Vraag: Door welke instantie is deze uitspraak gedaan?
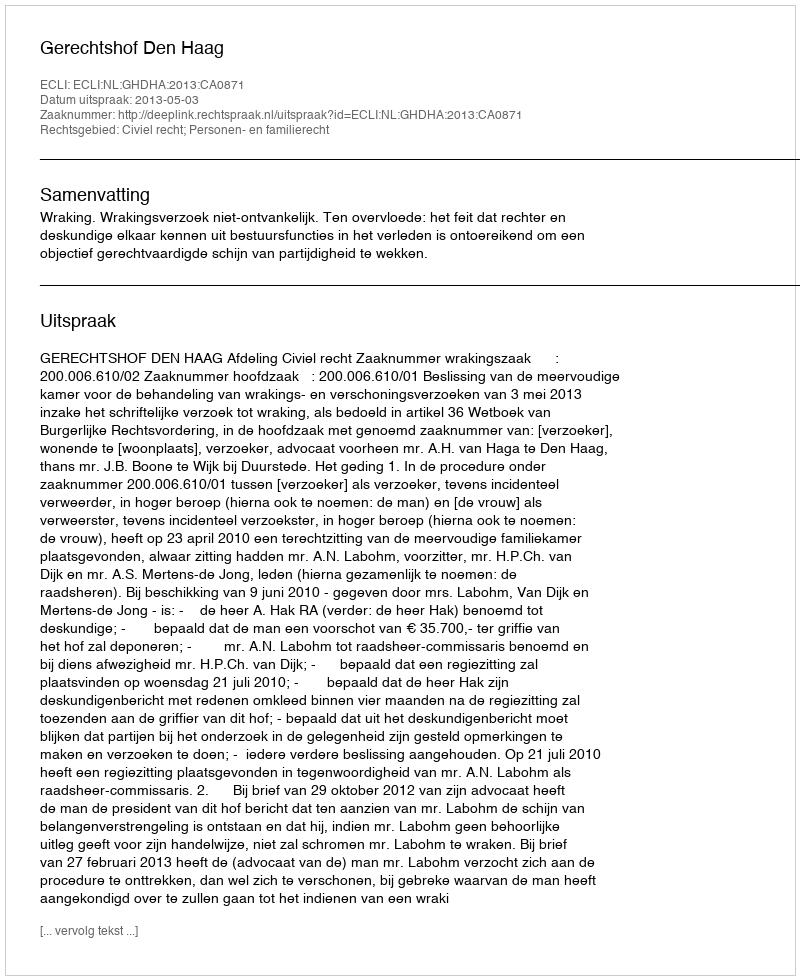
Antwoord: Gerechtshof Den Haag